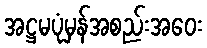
အဋ္ဌမပုံမှန်အစည်းအဝေး